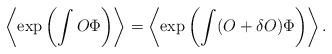
LaTeX: \begin{align*}\left\langle\exp\left(\int O\Phi\right)\right\rangle=\left\langle\exp\left(\int(O+\delta O) \Phi\right)\right\rangle.\end{align*}